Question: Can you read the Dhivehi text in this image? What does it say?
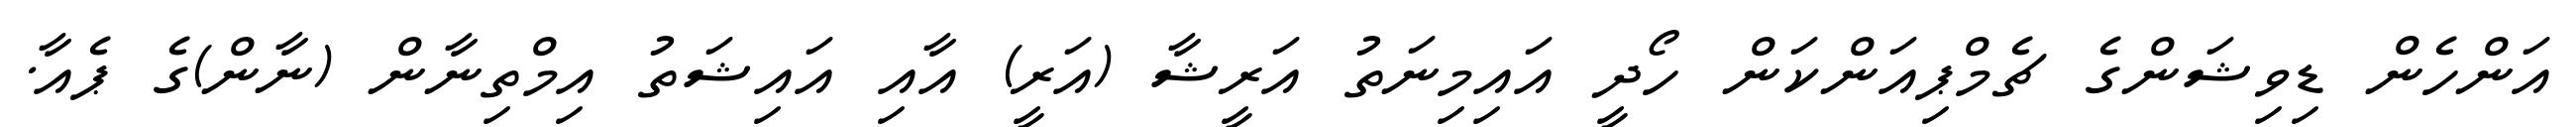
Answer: އަންހެން ޑިވިޝަންގެ ޗެމްޕިއަންކަން ހޯދީ އައިމިނަތު އަރީޝާ (އަރީ) އާއި އައިޝަތު އިމްތިނާން (ނާން)ގެ ޕެއާ.